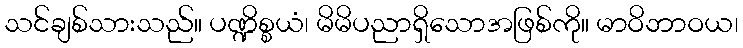
သင်ချစ်သားသည်။ ပဏ္ဍိစ္စယံ၊ မိမိပညာရှိသောအဖြစ်ကို။ မာဝိဘာဝယ၊